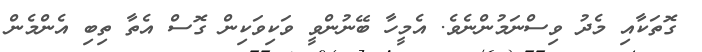
ގޮތަކާއި މެދު ވިސްނަމުންނެވެ. އެމީހާ ބޭނުންވީ ވަކިވަކިން ގޮސް އެތާ ތިބި އެންމެން